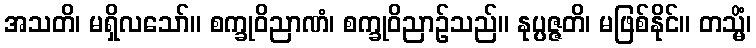
အသတိ၊ မရှိလသော်။ စက္ခုဝိညာဏံ၊ စက္ခုဝိညာဉ်သည်။ နုပ္ပဇ္ဇတိ၊ မဖြစ်နိုင်။ တသ္မိံ၊